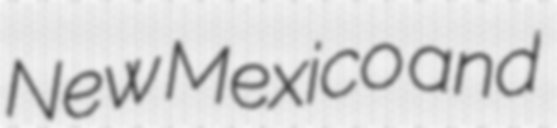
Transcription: New Mexico and